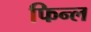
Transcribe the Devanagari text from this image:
फिन्ल